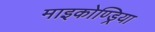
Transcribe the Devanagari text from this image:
माइकोण्ड्रिया